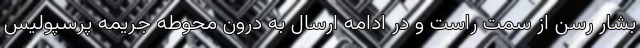
بشار رسن از سمت راست و در ادامه ارسال به درون محوطه جریمه پرسپولیس